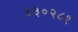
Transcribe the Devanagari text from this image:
४३०२८१